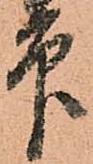
印